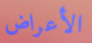
الأعراض